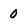
Character: 0